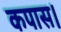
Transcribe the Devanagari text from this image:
कपास।